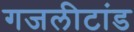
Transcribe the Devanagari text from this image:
गजलीटांड